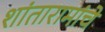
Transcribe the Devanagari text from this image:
शांतारामांचे